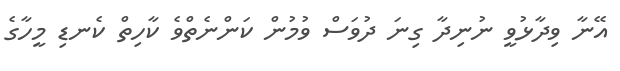
އޭނާ ވިދާޅުވީ ނުނިދާ ގިނަ ދުވަސް ވުމުން ކަންނެތްވެ ކާހިތް ކެނޑި މީހާގެ